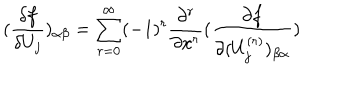
( \frac { \delta f } { \delta U _ { j } } ) _ { \alpha \beta } = \sum _ { r = 0 } ^ { \infty } ( - 1 ) ^ { r } \frac { \partial ^ { r } } { \partial x ^ { r } } ( \frac { \partial f } { \partial ( U _ { j } ^ { ( r ) } ) _ { \beta \alpha } } )